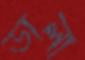
ডালা